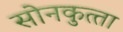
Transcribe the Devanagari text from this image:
सोनकुत्‍ता